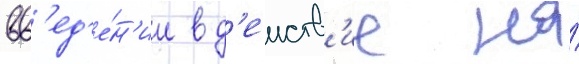
вв'ед'е́н'ии в д'еиств'ие на́